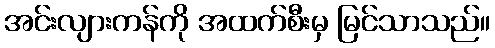
အင်းလျားကန်ကို အထက်စီးမှ မြင်သာသည်။